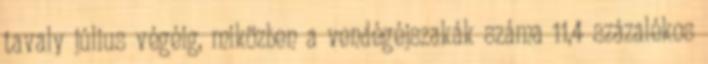
tavaly július végéig, miközben a vendégéjszakák száma 11,4 százalékos